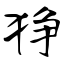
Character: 狰